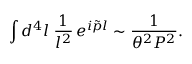
\int d ^ { 4 } l \; { \frac { 1 } { l ^ { 2 } } } \, e ^ { i \tilde { p } l } \sim { \frac { 1 } { \theta ^ { 2 } P ^ { 2 } } } .